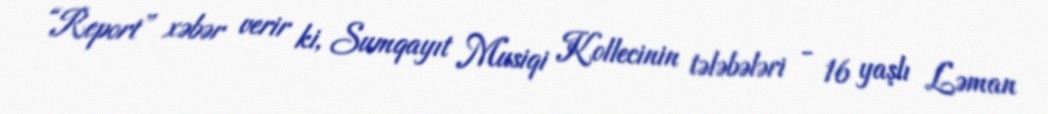
“Report” xəbər verir ki, Sumqayıt Musiqi Kollecinin tələbələri - 16 yaşlı Ləman